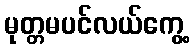
မုတ္တမပင်လယ်ကွေ့